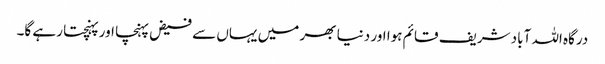
درگاہ اللہ آباد شریف قائم ہوا اور دنیا بھر میں یہاں سے فیض پہنچا اور پہنچتا رہے گا۔